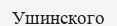
Ушинского